Medical and sanitary report of the native army of Madras for the year
Year: 1876
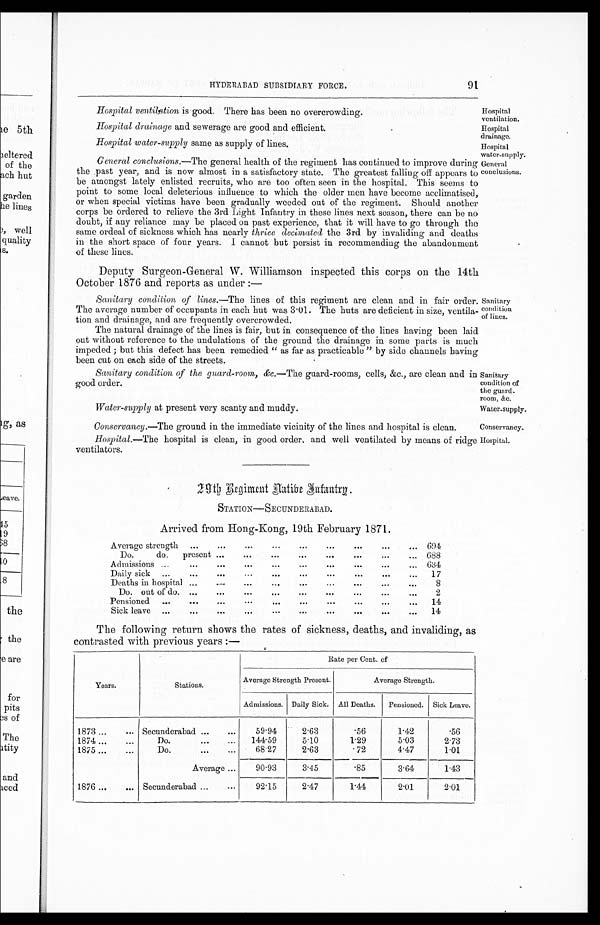
Water-supply.
Conservancy.
HYDERABAD SUBSIDIARY FORCE.
91
Hospital ventilation is good. There has been no overcrowding.
Hospital
ventilation.
Hospital drainage and sewerage are good and efficient.
Hospital water-supply same as supply of lines.
General conclusions.—The general health of the regiment has continued to improve during
the past year, and is now almost in a satisfactory state. The greatest falling off appears to
be amongst lately enlisted recruits, who are too often seen in the hospital. This seems to
point to some local deleterious influence to which the older men have become acclimatised,
or when special victims have been gradually weeded out of the regiment. Should another
corps be ordered to relieve the 3rd Light Infantry in these lines next season, there can be no
doubt, if any reliance may be placed on past experience, that it will have to go through the
same ordeal of sickness which has nearly thrice decimated the 3rd by invaliding and deaths
in the short space of four years. I cannot but persist in recommending the abandonment
of these lines.
Hospital
drainage.
Hospital
water-supply.
General
conclusions.
Deputy Surgeon-General W. Williamson inspected this corps on the 14th
October 1876 and reports as under :—
Sanitary condition of lines. —The lines of this regiment are clean and in fair order.
The average number of occupants in each hut was 3.01. The huts are deficient in size, ventila-
tion and drainage, and are frequently overcrowded.
The natural drainage of the lines is fair, but in consequence of the lines having been laid
out without reference to the undulations of the ground the drainage in some parts is much
impeded; but this defect has been remedied “as far as practicable” by side channels having
been cut on each side of the streets.
Sanitary
condition
of lines.
Sanitary condition of the guard-room, &c. —The guard-rooms, cells, &c., are clean and in
good order.
Sanitary
condition of
the guard-
room, &c.
Water-supply at present very scanty and muddy.
Conservancy. —The ground in the immediate vicinity of the lines and hospital is clean.
Hospital. —The hospital is clean, in good order. and well ventilated by means of ridge
ventilators.
29th Regiment Native Infantry.
STATION—SECUNDERABAD.
Arrived from Hong-Kong, 19th February 1871.
Average strength
...
...
...
...
...
. . . 6 9 4
Do.
do.
present ...
...
...
...
...
...
...
... 688
Admissions...
...
...
...
...
...
...
... 6 3 4
Daily sick
...
...
...
...
...
...
...
17
Deaths in hospital ...
...
...
...
...
8
Do . out of do. ...
...
...
...
...
...
2
Pensioned ... ...
...
...
...
... ...
...
...
14
Si ck leave ...
...
...
... ...
...
...
... ...
...
14
The following return shows the rates of sickness, deaths, and invaliding, as
contrasted with previous years :—
Years.
Stations.
Rate per Cent. of
Average Strength Present.
Average Strength.
Admissions. Daily Sick. All Deaths.
Pensioned. Sick Leave.
1873 ...
... Secunderabad ...
...
59.94
2.63
.56
1.42
.56
1874...
...
Do.
...
...
144.59
5.10
1.29
5.03
2.73
1875 ...
...
Do.
...
. . .
68.27
2.63
. 72
4.47
1.01
Average ...
90.93
3.45
.85
3.64
1.43
1876 ...
... Secunderabad ...
...
92.15
2.47
1.44
2.01
2.01
Hospital.